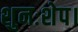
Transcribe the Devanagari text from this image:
शुनःशेप।